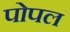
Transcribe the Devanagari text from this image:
पोपल